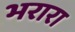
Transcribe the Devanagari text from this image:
भरारा